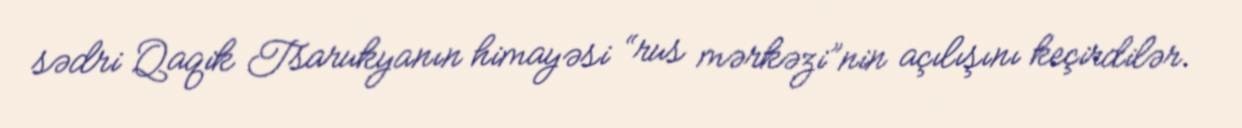
sədri Qaqik Tsarukyanın himayəsi “rus mərkəzi”nin açılışını keçirdilər.